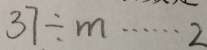
3 7 \div m \cdots 2